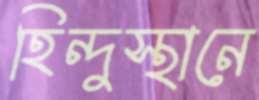
হিন্দুস্থানে